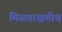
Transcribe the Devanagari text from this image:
मिळताक्षणीच